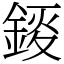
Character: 錽